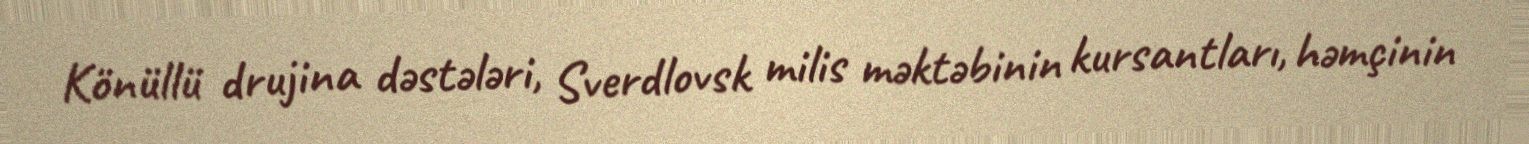
Könüllü drujina dəstələri, Sverdlovsk milis məktəbinin kursantları, həmçinin